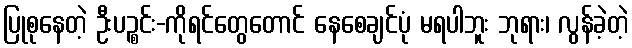
ပြုစုနေတဲ့ ဦးပဉ္စင်း-ကိုရင်တွေတောင် နေစေချင်ပုံ မရပါဘူး ဘုရား၊ လွန်ခဲ့တဲ့